Madras plague regulations in force outside the Presidency town - Volume 2
Disease focus: Plague
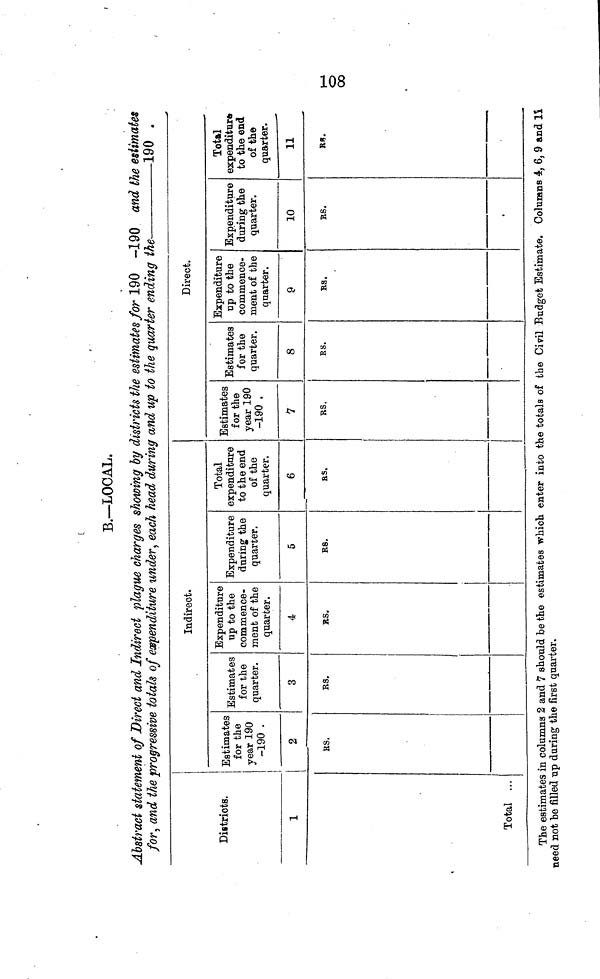
108
B.—LOCAL.
Abstract statement of Direct and Indirect plague charges showing by districts the estimates for 190 -190
and the estimates
for, and the progressive totals of expenditure under, each head during and up to the quarter ending the
190 .
Districts.
1
Total ...
Estimates
for the
year 190
-190
2
RS.
Estimates
for the
quarter.
3
RS.
Indirect.
Expenditure
up to the
commence-
ment of the
quarter.
4
Rs.
Expenditure
during the
quarter.
5
RS.
Total
expenditure
to the end
of the
quarter.
6
RS,
Estimates
for the
year 190
-190 .
7
RS.
Estimates
for the
quarter.
8
RS.
Direct.
Expenditure
up to the
commence-
ment of the
quarter.
9
RS.
Expenditure
during the
quarter.
10
RS.
Total
expenditure
to the end
of the
quarter.
11
RS.
The estimates in columns 2 and 7 should be the estimates which enter into the totals of the Civil Budget Estimate. Columns 4, 6, 9 and 11
need not be filled up daring the first quarter.